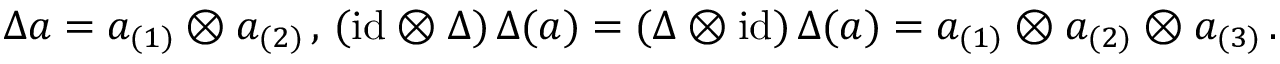
\Delta a = a _ { ( 1 ) } \otimes a _ { ( 2 ) } \, , \, ( \mathrm { i d } \otimes \Delta ) \, \Delta ( a ) = ( \Delta \otimes \mathrm { i d } ) \, \Delta ( a ) = a _ { ( 1 ) } \otimes a _ { ( 2 ) } \otimes a _ { ( 3 ) } \, .